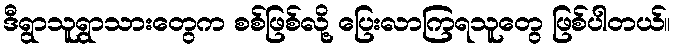
ဒီရွာသူရွာသားတွေက စစ်ဖြစ်လို့ ပြေးလာကြရသူတွေ ဖြစ်ပါတယ်။